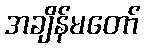
အချိန်မတော်